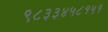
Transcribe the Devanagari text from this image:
९८३३४५८१५१